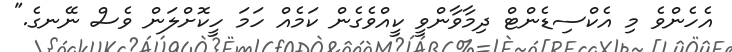
އެހެންވެ މި އެކްސިޑެންޓް ދިމާވާންވީ ކީއްވެގެން ކަމެއް ހަމަ ހީކޮށްލަން ވެސް ނޭނގެ."